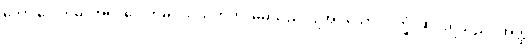
ဘော ဂေါတမ၊ အရှင်ဂေါတမ။ သယံကတံ၊ မိမိသည် ပြုအပ်သော။ ဒုက္ခံ၊ ဆင်းရဲသည်။ အတ္ထိ